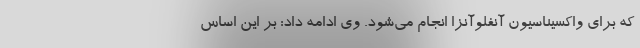
که برای واکسیناسیون آنفلوآنزا انجام می‌شود. وی ادامه داد: بر این اساس